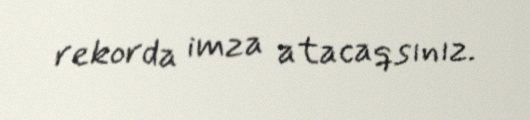
rekorda imza atacaqsınız.